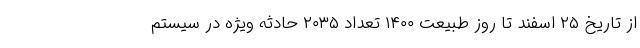
از تاریخ ۲۵ اسفند تا روز طبیعت ۱۴۰۰ تعداد ۲۰۳۵ حادثه ویژه در سیستم